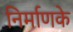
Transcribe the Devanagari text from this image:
निर्माणके